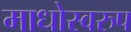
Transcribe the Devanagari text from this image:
माधोस्वरुप